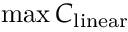
\operatorname* { m a x } C _ { \mathrm { l i n e a r } }